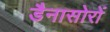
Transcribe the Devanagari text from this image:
डैनासोरों